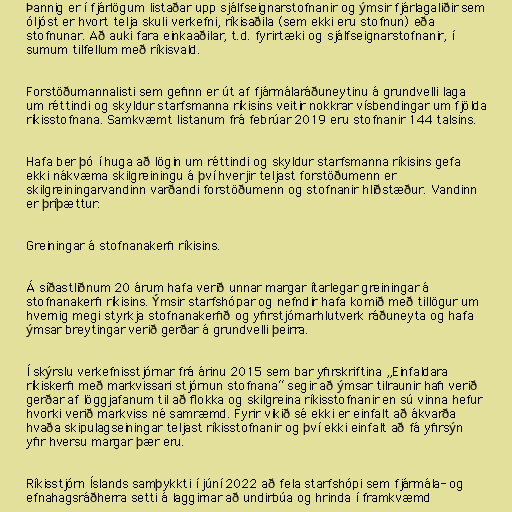
Þannig er í fjárlögum listaðar upp sjálfseignarstofnanir og ýmsir fjárlagaliðir sem
óljóst er hvort telja skuli verkefni, ríkisaðila (sem ekki eru stofnun) eða
stofnunar. Að auki fara einkaaðilar, t.d. fyrirtæki og sjálfseignarstofnanir, í
sumum tilfellum með ríkisvald.

Forstöðumannalisti sem gefinn er út af fjármálaráðuneytinu á grundvelli laga
um réttindi og skyldur starfsmanna ríkisins veitir nokkrar vísbendingar um fjölda
ríkisstofnana. Samkvæmt listanum frá febrúar 2019 eru stofnanir 144 talsins.

Hafa ber þó í huga að lögin um réttindi og skyldur starfsmanna ríkisins gefa
ekki nákvæma skilgreiningu á því hverjir teljast forstöðumenn er
skilgreiningarvandinn varðandi forstöðumenn og stofnanir hliðstæður. Vandinn
er þríþættur:

Greiningar á stofnanakerfi ríkisins.

Á síðastliðnum 20 árum hafa verið unnar margar ítarlegar greiningar á
stofnanakerfi ríkisins. Ýmsir starfshópar og nefndir hafa komið með tillögur um
hvernig megi styrkja stofnanakerfið og yfirstjórnarhlutverk ráðuneyta og hafa
ýmsar breytingar verið gerðar á grundvelli þeirra.

Í skýrslu verkefnisstjórnar frá árinu 2015 sem bar yfirskriftina „Einfaldara
ríkiskerfi með markvissari stjórnun stofnana“ segir að ýmsar tilraunir hafi verið
gerðar af löggjafanum til að flokka og skilgreina ríkisstofnanir en sú vinna hefur
hvorki verið markviss né samræmd. Fyrir vikið sé ekki er einfalt að ákvarða
hvaða skipulagseiningar teljast ríkisstofnanir og því ekki einfalt að fá yfirsýn
yfir hversu margar þær eru.

Ríkisstjórn Íslands samþykkti í júní 2022 að fela starfshópi sem fjármála- og
efnahagsráðherra setti á laggirnar að undirbúa og hrinda í framkvæmd